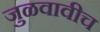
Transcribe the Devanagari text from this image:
जुळवावीच